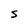
Character: s